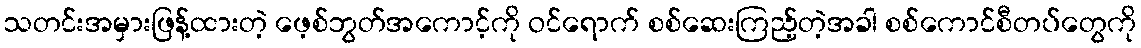
သတင်းအမှားဖြန့်ထားတဲ့ ဖေ့စ်ဘွတ်အကောင့်ကို ဝင်ရောက် စစ်ဆေးကြည့်တဲ့အခါ စစ်ကောင်စီတပ်တွေကို